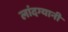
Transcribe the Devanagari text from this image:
लांदग्यानी